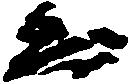
兼